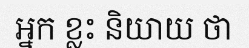
អ្នក ខ្លះ និយាយ ថា